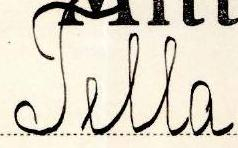
Tella